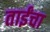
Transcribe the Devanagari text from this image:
ताईंचा